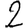
Digit: 2